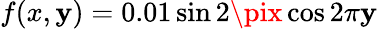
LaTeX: f(x,\mathbf{y})=0.01\sin{2\pix}\cos{2\pi\mathbf{y}}